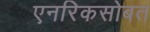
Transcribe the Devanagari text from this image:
एनरिकसोबत